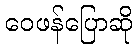
ဝေဖန်ပြောဆို